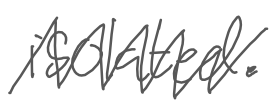
Text: isolated.
Cross-out: zig-zag
Writing tool: digital_gray